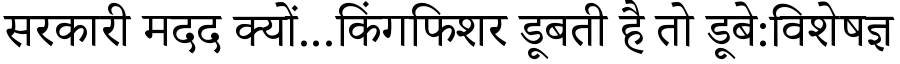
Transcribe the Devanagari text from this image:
सरकारी मदद क्यों...किंगफिशर डूबती है तो डूबे:विशेषज्ञ